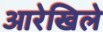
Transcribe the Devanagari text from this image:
आरेखिले